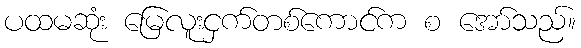
ပထမဆုံး မြေလူးငှက်တစ်ကောင်က စ အော်သည်။